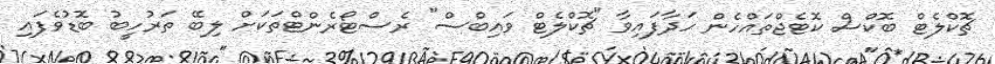
ޗޮކްލެޓް ބޮކްސް ކޮޓެޖްތައްހެން ހަދާފައިވާ "ޗޮކްލެޓް ވައިބްސް" ރެސްޓޯރެންޓްތަކަށް ލިބޭ ތަރުހީބު ބޮޑުވެފައި